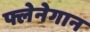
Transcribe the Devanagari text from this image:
फ्लेनेगान